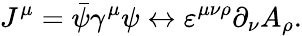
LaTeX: J^{\mu}=\bar{\psi}\gamma^{\mu}\psi\leftrightarrow\varepsilon^{\mu\nu\rho}\partial_{\nu}A_{\rho}.